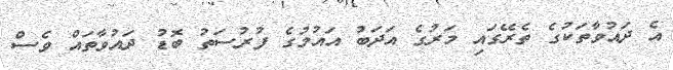
އެ ދައުވާތަކުގެ ތެރޭގައި މަރުގެ އަދަބު އައުމުގެ ފުރުސަތު ބޮޑު ދައުވާތައް ވެސް